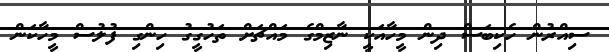
ސިއްރުން ހެކިބަސް ދިން މީހާއަކީ ނާޒިމްގެ މައްޗަށް ތަހުގީގު ހިންގި ފުލުސް މީހާކަން